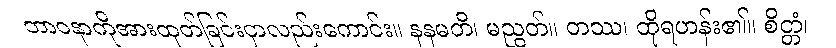
ဘာဝနာကိုအားထုတ်ခြင်းငှာလည်းကောင်း။ နနမတိ၊ မညွတ်။ တဿ၊ ထိုရဟန်း၏။ စိတ္တံ၊